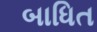
બાધિત